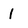
Character: 1